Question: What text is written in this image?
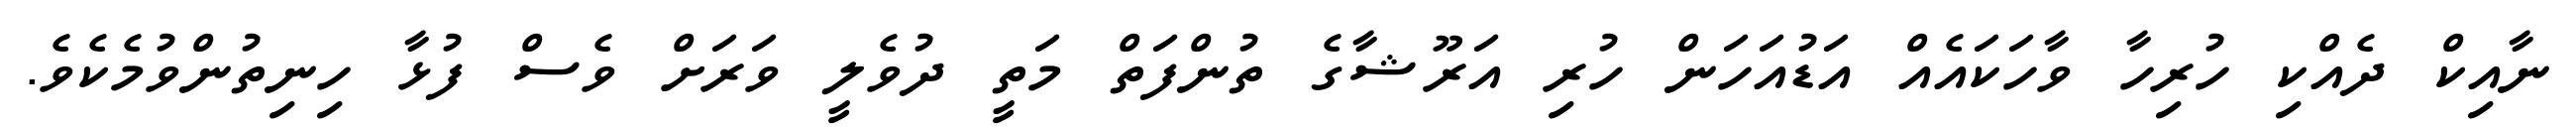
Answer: ނާއިކް ދެއްކި ހުރިހާ ވާހަކައެއް އަޑުއަހަން ހުރި އަރޫޝާގެ ތުންފަތް މަތީ ދުވެލީ ވަރަށް ވެސް ފުޅާ ހިނިތުންވުމެކެވެ.